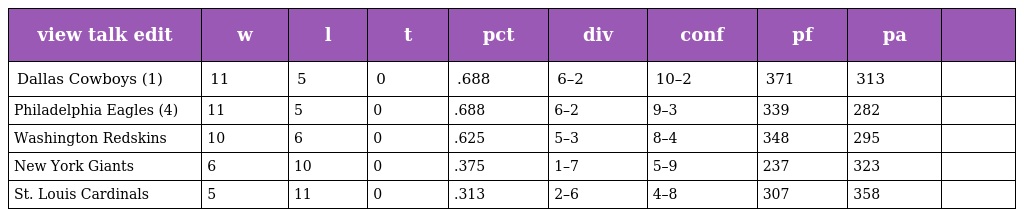
| view talk edit | w | l | t | pct | div | conf | pf | pa |  |
 | --- | --- | --- | --- | --- | --- | --- | --- | --- | --- |
 | Dallas Cowboys (1) | 11 | 5 | 0 | .688 | 6–2 | 10–2 | 371 | 313 |  |
 | Philadelphia Eagles (4) | 11 | 5 | 0 | .688 | 6–2 | 9–3 | 339 | 282 |  |
 | Washington Redskins | 10 | 6 | 0 | .625 | 5–3 | 8–4 | 348 | 295 |  |
 | New York Giants | 6 | 10 | 0 | .375 | 1–7 | 5–9 | 237 | 323 |  |
 | St. Louis Cardinals | 5 | 11 | 0 | .313 | 2–6 | 4–8 | 307 | 358 |  |